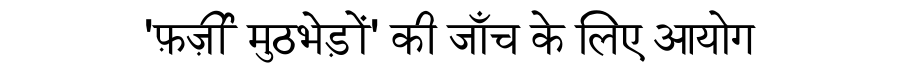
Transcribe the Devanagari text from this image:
'फ़र्ज़ी मुठभेड़ों' की जाँच के लिए आयोग